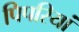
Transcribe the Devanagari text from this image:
पिपरियां